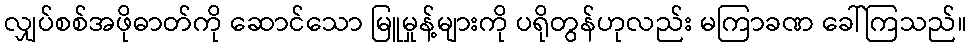
လျှပ်စစ်အဖိုဓာတ်ကို ဆောင်သော မြူမှုန့်များကို ပရိုတွန်ဟုလည်း မကြာခဏ ခေါ်ကြသည်။